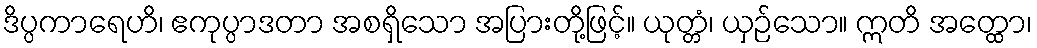
ဒိပ္ပကာရေဟိ၊ ဧကုပ္ပာဒတာ အစရှိသော အပြားတို့ဖြင့်။ ယုတ္တံ၊ ယှဉ်သော။ ဣတိ အတ္ထော၊